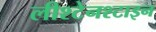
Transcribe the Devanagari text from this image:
लीश्टेनश्टाइन